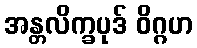
အန္တလိက္ခပုဒ် ဝိဂ္ဂဟ